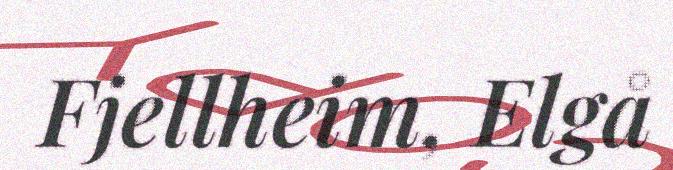
Fjellheim, Elgå